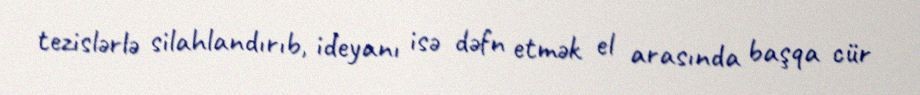
tezislərlə silahlandırıb, ideyanı isə dəfn etmək el arasında başqa cür